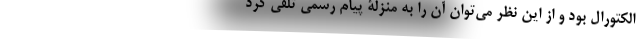
الکتورال بود و از این نظر می‌توان آن را به منزلۀ پیام رسمی تلقی کرد